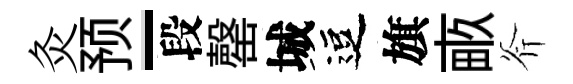
灸预-段罄城逗旗畞斧